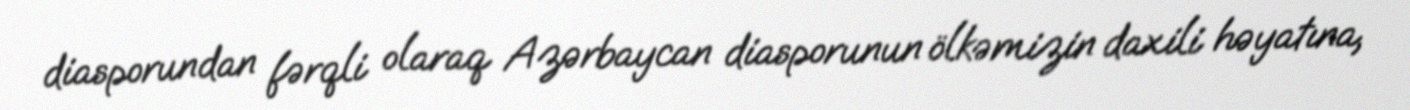
diasporundan fərqli olaraq Azərbaycan diasporunun ölkəmizin daxili həyatına,